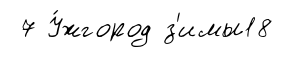
7 У́жгород з'имы18